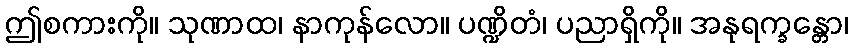
ဤစကားကို။ သုဏာထ၊ နာကုန်လော။ ပဏ္ဍိတံ၊ ပညာရှိကို။ အနုရက္ခန္တော၊